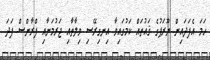
ހަމަ އެފަދައިން ޔޫރަޕުގެ ޤައުތައް ކަމުގައިވާ އިނގިރޭސި ވިލާތާއި ޖަރުމަނާއި ފްރާންސް ފަދަ